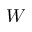
W